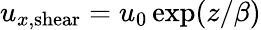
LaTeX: u_{x,\mathrm{shear}}=u_{0}\exp(z/\beta)